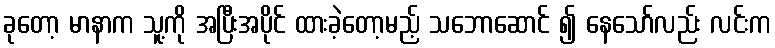
ခုတော့ မာနာက သူ့ကို အပြီးအပိုင် ထားခဲ့တော့မည့် သဘောဆောင် ၍ နေသော်လည်း လင်းက